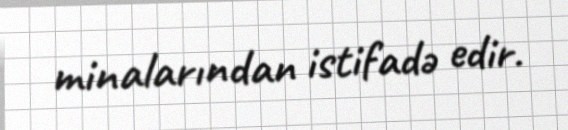
minalarından istifadə edir.